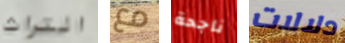
التراث مع ناجحة دلالات